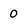
Character: 0